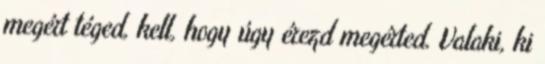
megért téged, kell, hogy úgy érezd megérted. Valaki, ki